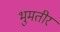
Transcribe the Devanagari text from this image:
भुमतीर